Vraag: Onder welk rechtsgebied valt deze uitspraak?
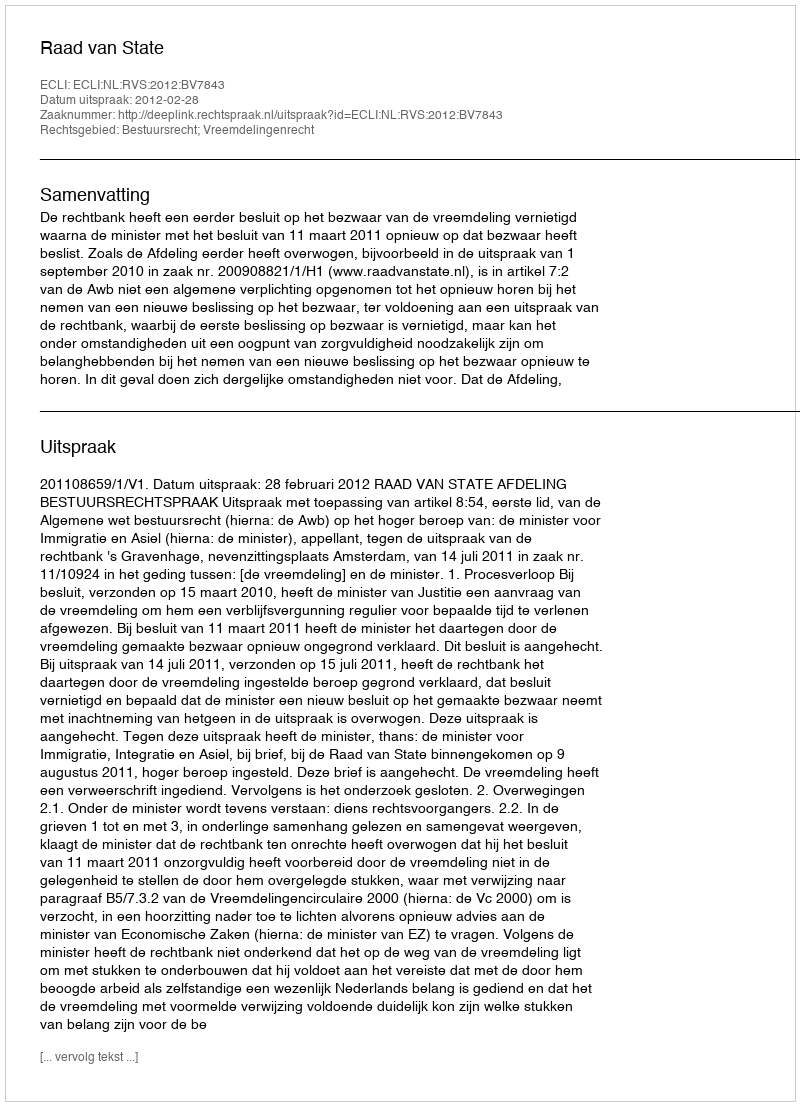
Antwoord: Bestuursrecht; Vreemdelingenrecht